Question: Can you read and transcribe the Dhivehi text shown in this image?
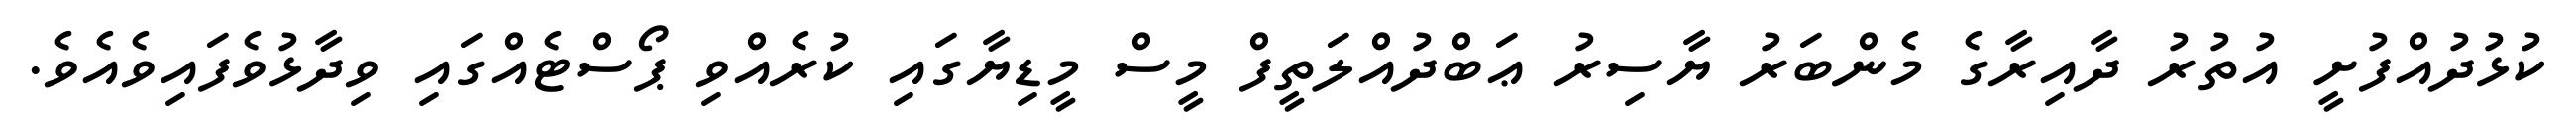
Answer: ކުޅުދުއްފުށީ އުތުރު ދާއިރާގެ މެންބަރު ޔާސިރު ޢަބްދުއްލަތީފް މީސް މީޑިޔާގައި ކުރެއްވި ޕޯސްޓެއްގައި ވިދާޅުވެފައިވެއެވެ.